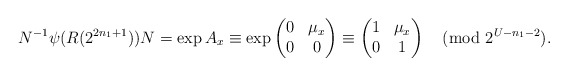
\begin{align*}N^{-1} \psi(R(2^{2n_1+1}))N=\exp A_x \equiv \exp \left( \begin{matrix}0 & \mu_x \\ 0 & 0 \end{matrix} \right) \equiv \left( \begin{matrix}1 & \mu_x \\ 0 & 1 \end{matrix} \right) \pmod {2^{U-n_1-2}}.\end{align*}